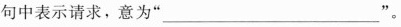
句中表示请求，意为“___”。